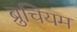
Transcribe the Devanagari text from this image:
ब्रुचियम